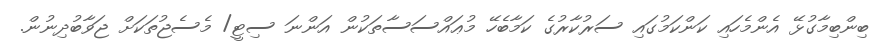
ބިންބިމާގުޅޭ އެންމެހައި ކަންކަމުގައި ސަރުކާރުގެ ކަމާބެހޭ މުޢައްސަސާތަކުން އަންނަ ސިޓީ/ މެސެޖުތަކަށް ޖަވާބުދިނުން.